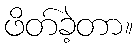
ဖိတ်ခဲ့တာ။